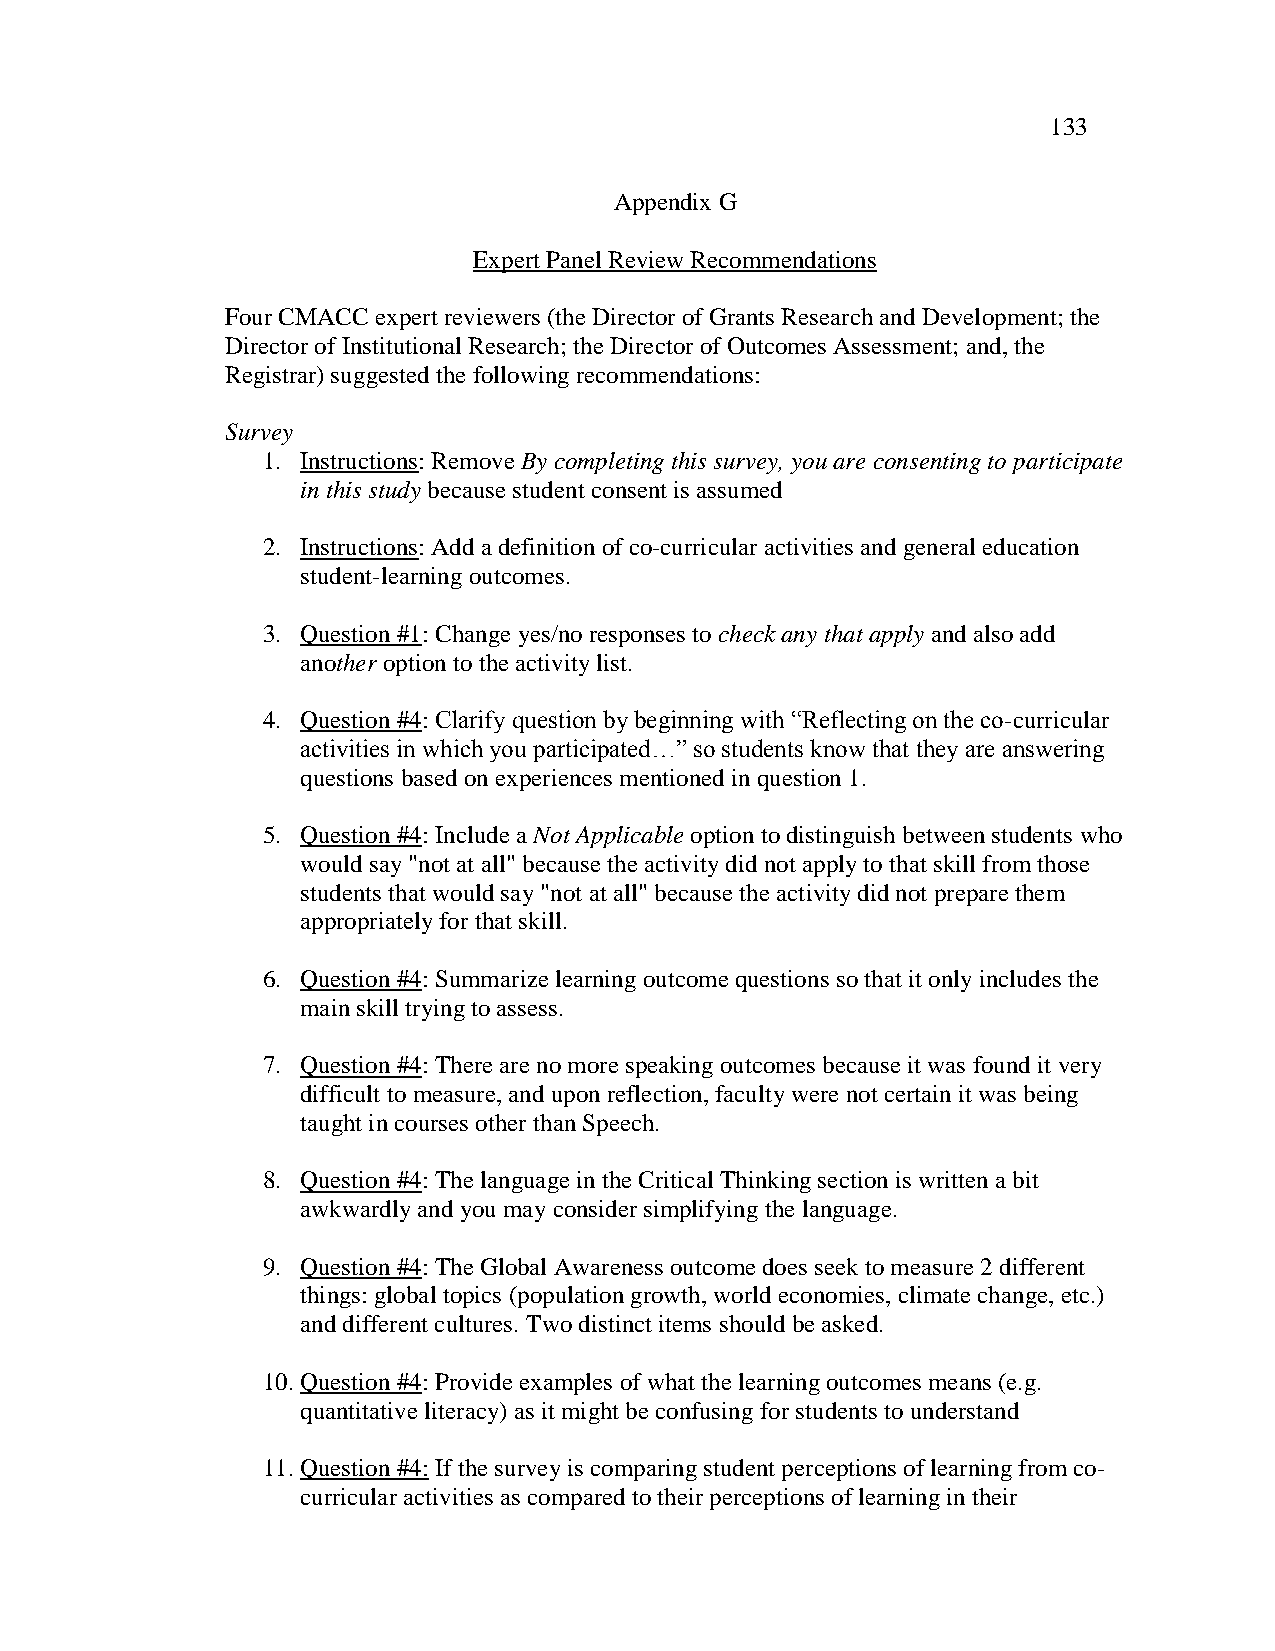
133
 Appendix G
 Expert Panel Review Recommendations
 Four CMACC expert reviewers (the Director of Grants Research and Development; the
 Director of Institutional Research; the Director of Outcomes Assessment; and, the
 Registrar) suggested the following recommendations:
 Survey
 1. Instructions: Remove By completing this survey, you are consenting to participate
 in this study because student consent is assumed
 2. Instructions: Add a definition of co-curricular activities and general education
 student-learning outcomes.
 3. Question #1: Change yes/no responses to check any that apply and also add
 another option to the activity list.
 4. Question #4: Clarify question by beginning with ―Reflecting on the co-curricular
 activities in which you participated…‖ so students know that they are answering
 questions based on experiences mentioned in question 1.
 5. Question #4: Include a Not Applicable option to distinguish between students who
 would say "not at all" because the activity did not apply to that skill from those
 students that would say "not at all" because the activity did not prepare them
 appropriately for that skill.
 6. Question #4: Summarize learning outcome questions so that it only includes the
 main skill trying to assess.
 7. Question #4: There are no more speaking outcomes because it was found it very
 difficult to measure, and upon reflection, faculty were not certain it was being
 taught in courses other than Speech.
 8. Question #4: The language in the Critical Thinking section is written a bit
 awkwardly and you may consider simplifying the language.
 9. Question #4: The Global Awareness outcome does seek to measure 2 different
 things: global topics (population growth, world economies, climate change, etc.)
 and different cultures. Two distinct items should be asked.
 10. Question #4: Provide examples of what the learning outcomes means (e.g.
 quantitative literacy) as it might be confusing for students to understand
 11. Question #4: If the survey is comparing student perceptions of learning from co-
 curricular activities as compared to their perceptions of learning in their